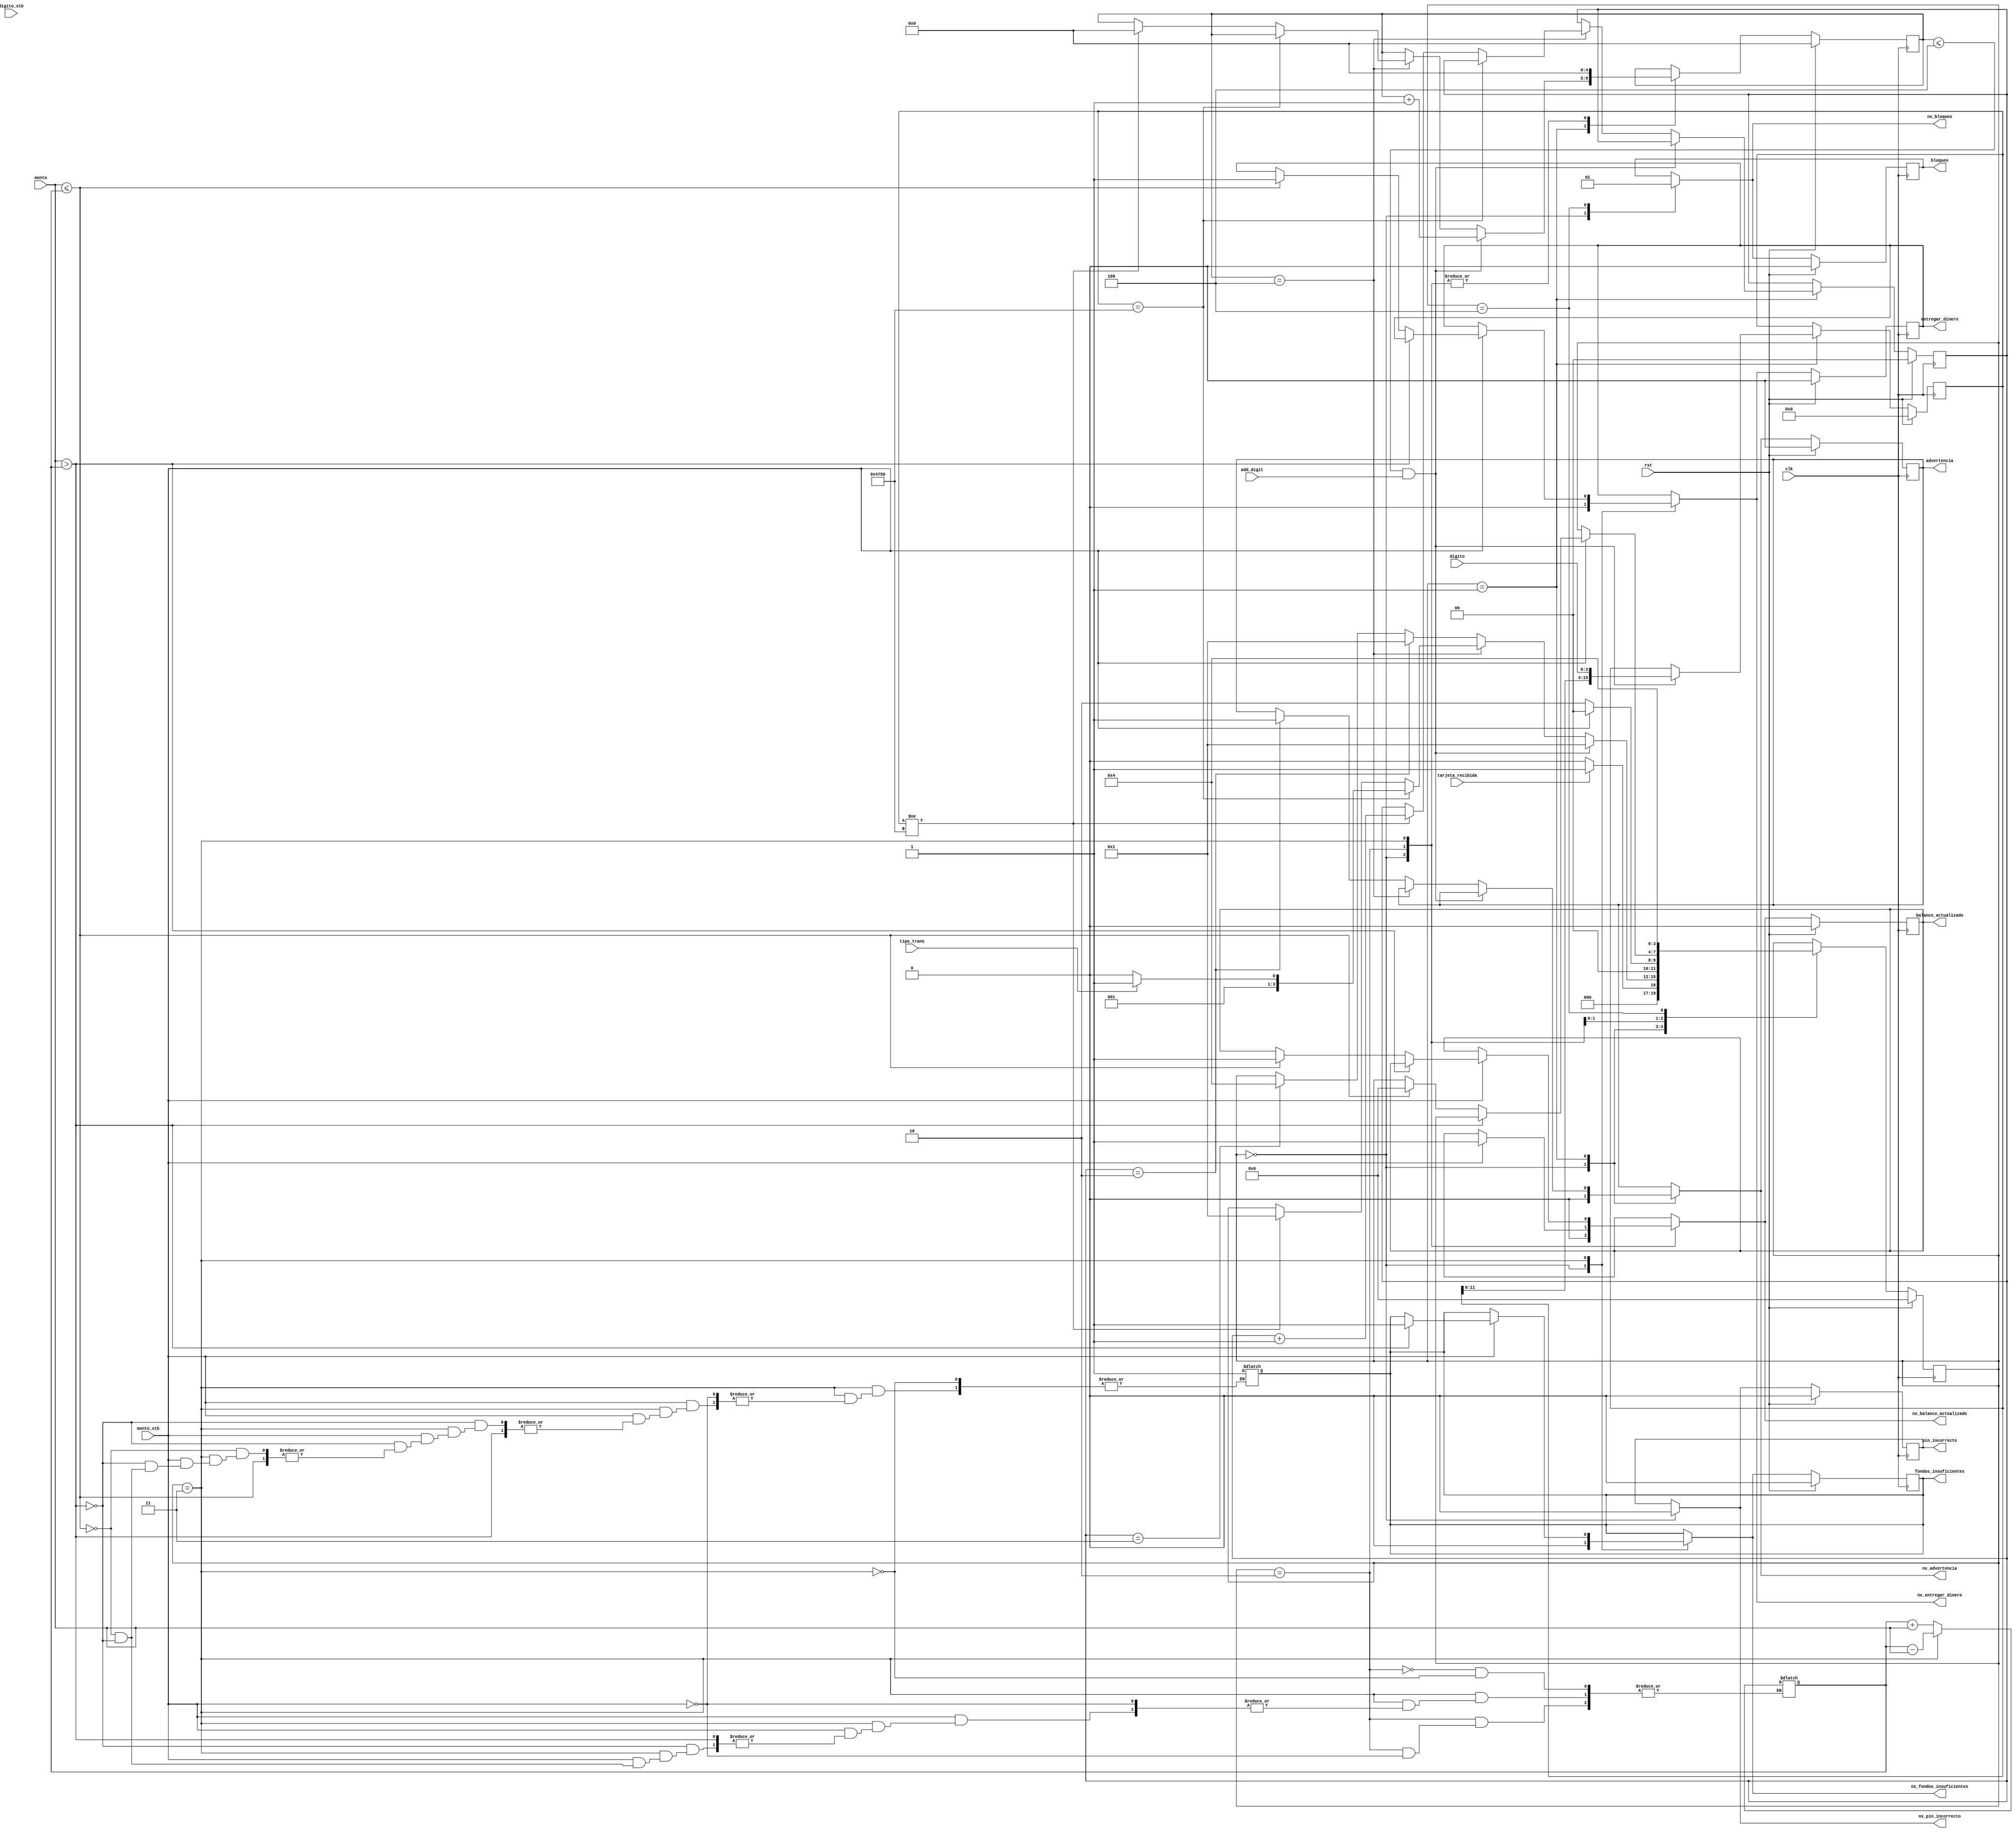
/* 
Tarea 3
Estudiante: Josu Mara Jimnez Ramrez, C13987 
Profesor: Enrique Coen Alfaro
Curso: Circuitos Digitales II
Periodo: I - 2024

Descripcin del archivo: Este es el cdigo que implementa la mquina de
estados para un controlador de un cajero automtico (ATM). 
*/

// Declaracin del mdulo 

module ATM_controller(clk, rst, tarjeta_recibida, tipo_trans, add_digit,
digito_stb, digito, monto_stb, monto, balance_actualizado,entregar_dinero,
pin_incorrecto, advertencia, bloqueo, fondos_insuficientes,
nx_balance_actualizado, nx_entregar_dinero, nx_pin_incorrecto,
nx_advertencia, nx_bloqueo, nx_fondos_insuficientes); // Hasta ac salidas como FFs

// Declarando entradas [9]
input clk, rst, tarjeta_recibida, tipo_trans, add_digit, digito_stb, monto_stb;
input [3:0] digito; // Digito del teclado
input [31:0] monto; // Monto para realizar transaccin

// Variable interna para almacer los dgitos para el ingreso de pin
reg [15:0] pin_temporal; 
reg [15:0] nx_pin_temporal; 
//reg [15:0] nx_pin_temporal = 16'b0000000000000000;
 

// Declarando salidas [6]
output reg balance_actualizado, entregar_dinero, pin_incorrecto;
output reg advertencia, bloqueo, fondos_insuficientes;

// Declarando salidas futuras [6]
output reg nx_balance_actualizado, nx_entregar_dinero, nx_pin_incorrecto;
output reg nx_advertencia, nx_bloqueo, nx_fondos_insuficientes;

// Contador de digitos
reg [4:0] contador_digitos;
reg [4:0] nx_contador_digitos;

// Declarando variables internas
// Balance de cuenta
reg [63:0] balance = 4500;
// Pin correcto es 4756 en BDC
/* 4 = 0100
   7 = 0111
   5 = 0101
   6 = 0110 
*/
parameter [15:0] pin_correcto = 16'b0100011101010110;
//parameter [15:0] pin_correcto = 4756;

// Variables para contar intentos de PIN
reg [1:0] intento;
reg [1:0] nx_intento; 

// Declarando variables para manejo de estados
reg [3:0] state;    // Estado 
reg [3:0] nx_state; // Estado futuro

// Declarando estados 
parameter Esperando_tarjeta = 0;
parameter Verificar_pin = 1; 
parameter Deposito = 2;
parameter Retiro = 3; 
parameter Bloqueo = 4; 

always @(posedge clk) begin
    if (rst) begin // Cuando se activa rst
        state <= Esperando_tarjeta;
        intento <= 0;
        balance_actualizado <= 0; 
        entregar_dinero <= 0;
        pin_incorrecto <= 0;
        advertencia <= 0;
        bloqueo <= 0;
        fondos_insuficientes <= 0;
        pin_temporal <= 16'b0000000000000000;
        contador_digitos <= 0;

    end else begin // Tratamiento de FFs
        state <= nx_state;
        intento <= nx_intento;
        balance_actualizado <= nx_balance_actualizado; 
        entregar_dinero <= nx_entregar_dinero;
        pin_incorrecto <= nx_pin_incorrecto;
        advertencia <= nx_advertencia;
        bloqueo <= nx_bloqueo;
        fondos_insuficientes <= nx_fondos_insuficientes;
        pin_temporal <= nx_pin_temporal;
        contador_digitos <= nx_contador_digitos;
    end
end // termina  @(posedge clk)

always @(*) begin 

    nx_state = state; 
    nx_intento = intento; 

    nx_balance_actualizado = balance_actualizado; 
    nx_entregar_dinero = entregar_dinero;
    nx_pin_incorrecto = pin_incorrecto;
    nx_advertencia = advertencia;
    nx_bloqueo = bloqueo;
    nx_fondos_insuficientes = fondos_insuficientes;
    nx_pin_temporal = pin_temporal ;
    nx_contador_digitos = contador_digitos;

    case(state) 
        // Estado 0
        Esperando_tarjeta: begin 
            nx_balance_actualizado = 0; // Todas las salidas son 0 en este estado
            nx_entregar_dinero = 0;
            nx_pin_incorrecto = 0;
            nx_advertencia = 0;
            nx_bloqueo = 0;
            nx_fondos_insuficientes = 0;
            nx_contador_digitos = 0;

            if (tarjeta_recibida) nx_state = Verificar_pin;
            else nx_state = Esperando_tarjeta; // Vuelve a Esperando_tarjeta
        end

        // Estado 1
        //Pin temporal debera ser FF
        Verificar_pin: begin 
            if (nx_contador_digitos <= 4 && add_digit)begin
                nx_contador_digitos = nx_contador_digitos +1;
                nx_pin_temporal = {nx_pin_temporal[11:0], digito};
                nx_state = Verificar_pin;
            end 
            else if (nx_contador_digitos == 4)begin
                if (pin_temporal == pin_correcto)begin
                    if (tipo_trans) nx_state = Retiro;
                    else nx_state = Deposito;
                end else if (pin_temporal != pin_correcto)begin 
                    nx_contador_digitos = 0;
                    nx_intento = nx_intento +1;
                    nx_state = Verificar_pin;
                end
            end else if (nx_intento == 2)begin
                nx_advertencia = 1;
                nx_state = Verificar_pin;
            end
            else if (nx_intento == 3) nx_state = Bloqueo;
            
        end
        
        // Estado 2
        Deposito: begin
            nx_contador_digitos = 0; // Hace 0 de nuevo el contador de dgitos 
            if (monto_stb) begin 
                balance = balance + monto; 
                nx_balance_actualizado = 1;
                nx_state = Esperando_tarjeta;
            end
            else nx_state = Deposito;
        end

        // Estado 3
        Retiro: begin 
            nx_contador_digitos = 0; // Hace 0 de nuevo el contador de dgitos
            if (monto_stb)begin
                if (monto > balance) nx_fondos_insuficientes = 1;
                else if (monto <= balance) begin 
                    balance = balance - monto; 
                    nx_entregar_dinero = 1;
                    nx_balance_actualizado = 1; 
                    nx_state = Esperando_tarjeta;
                end else if(monto > balance) begin 
                    fondos_insuficientes = 1;
                    nx_state = Esperando_tarjeta;
                end
            end
        end

        // Estado 4
        Bloqueo: begin 
            nx_bloqueo = 1;
            if (rst) nx_state = Esperando_tarjeta; 
            else nx_state = Bloqueo;  
        end

    
    endcase // Ac terminan los casos para los estados

end // Termina @(*)

endmodule